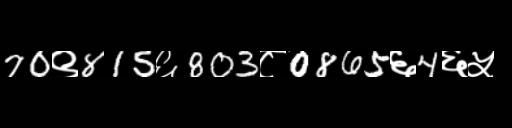
Text: 70९815६803८0865६4६५